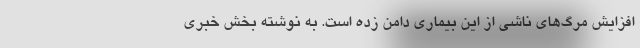
افزایش مرگ‌های ناشی از این بیماری دامن زده است. به نوشته بخش خبری